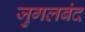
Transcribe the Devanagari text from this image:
जुगलबंद